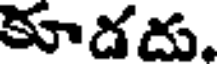
కూడదు.